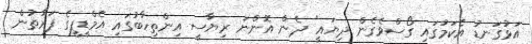
އަޅުގަނޑު އެކަމުގައި ގޯސްވެގެން ދިޔައީ" ދެން އޮންނަ ރިޔާސީ އިންތިހާބުގައި އެމްޑީޕީގެ ފަރާތުން